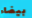
بيضاء